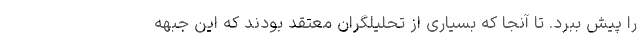
را پیش ببرد. تا آنجا كه بسیاری از تحلیلگران معتقد بودند كه این جبهه